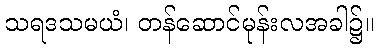
သရဒသမယံ၊ တန်ဆောင်မုန်းလအခါ၌။